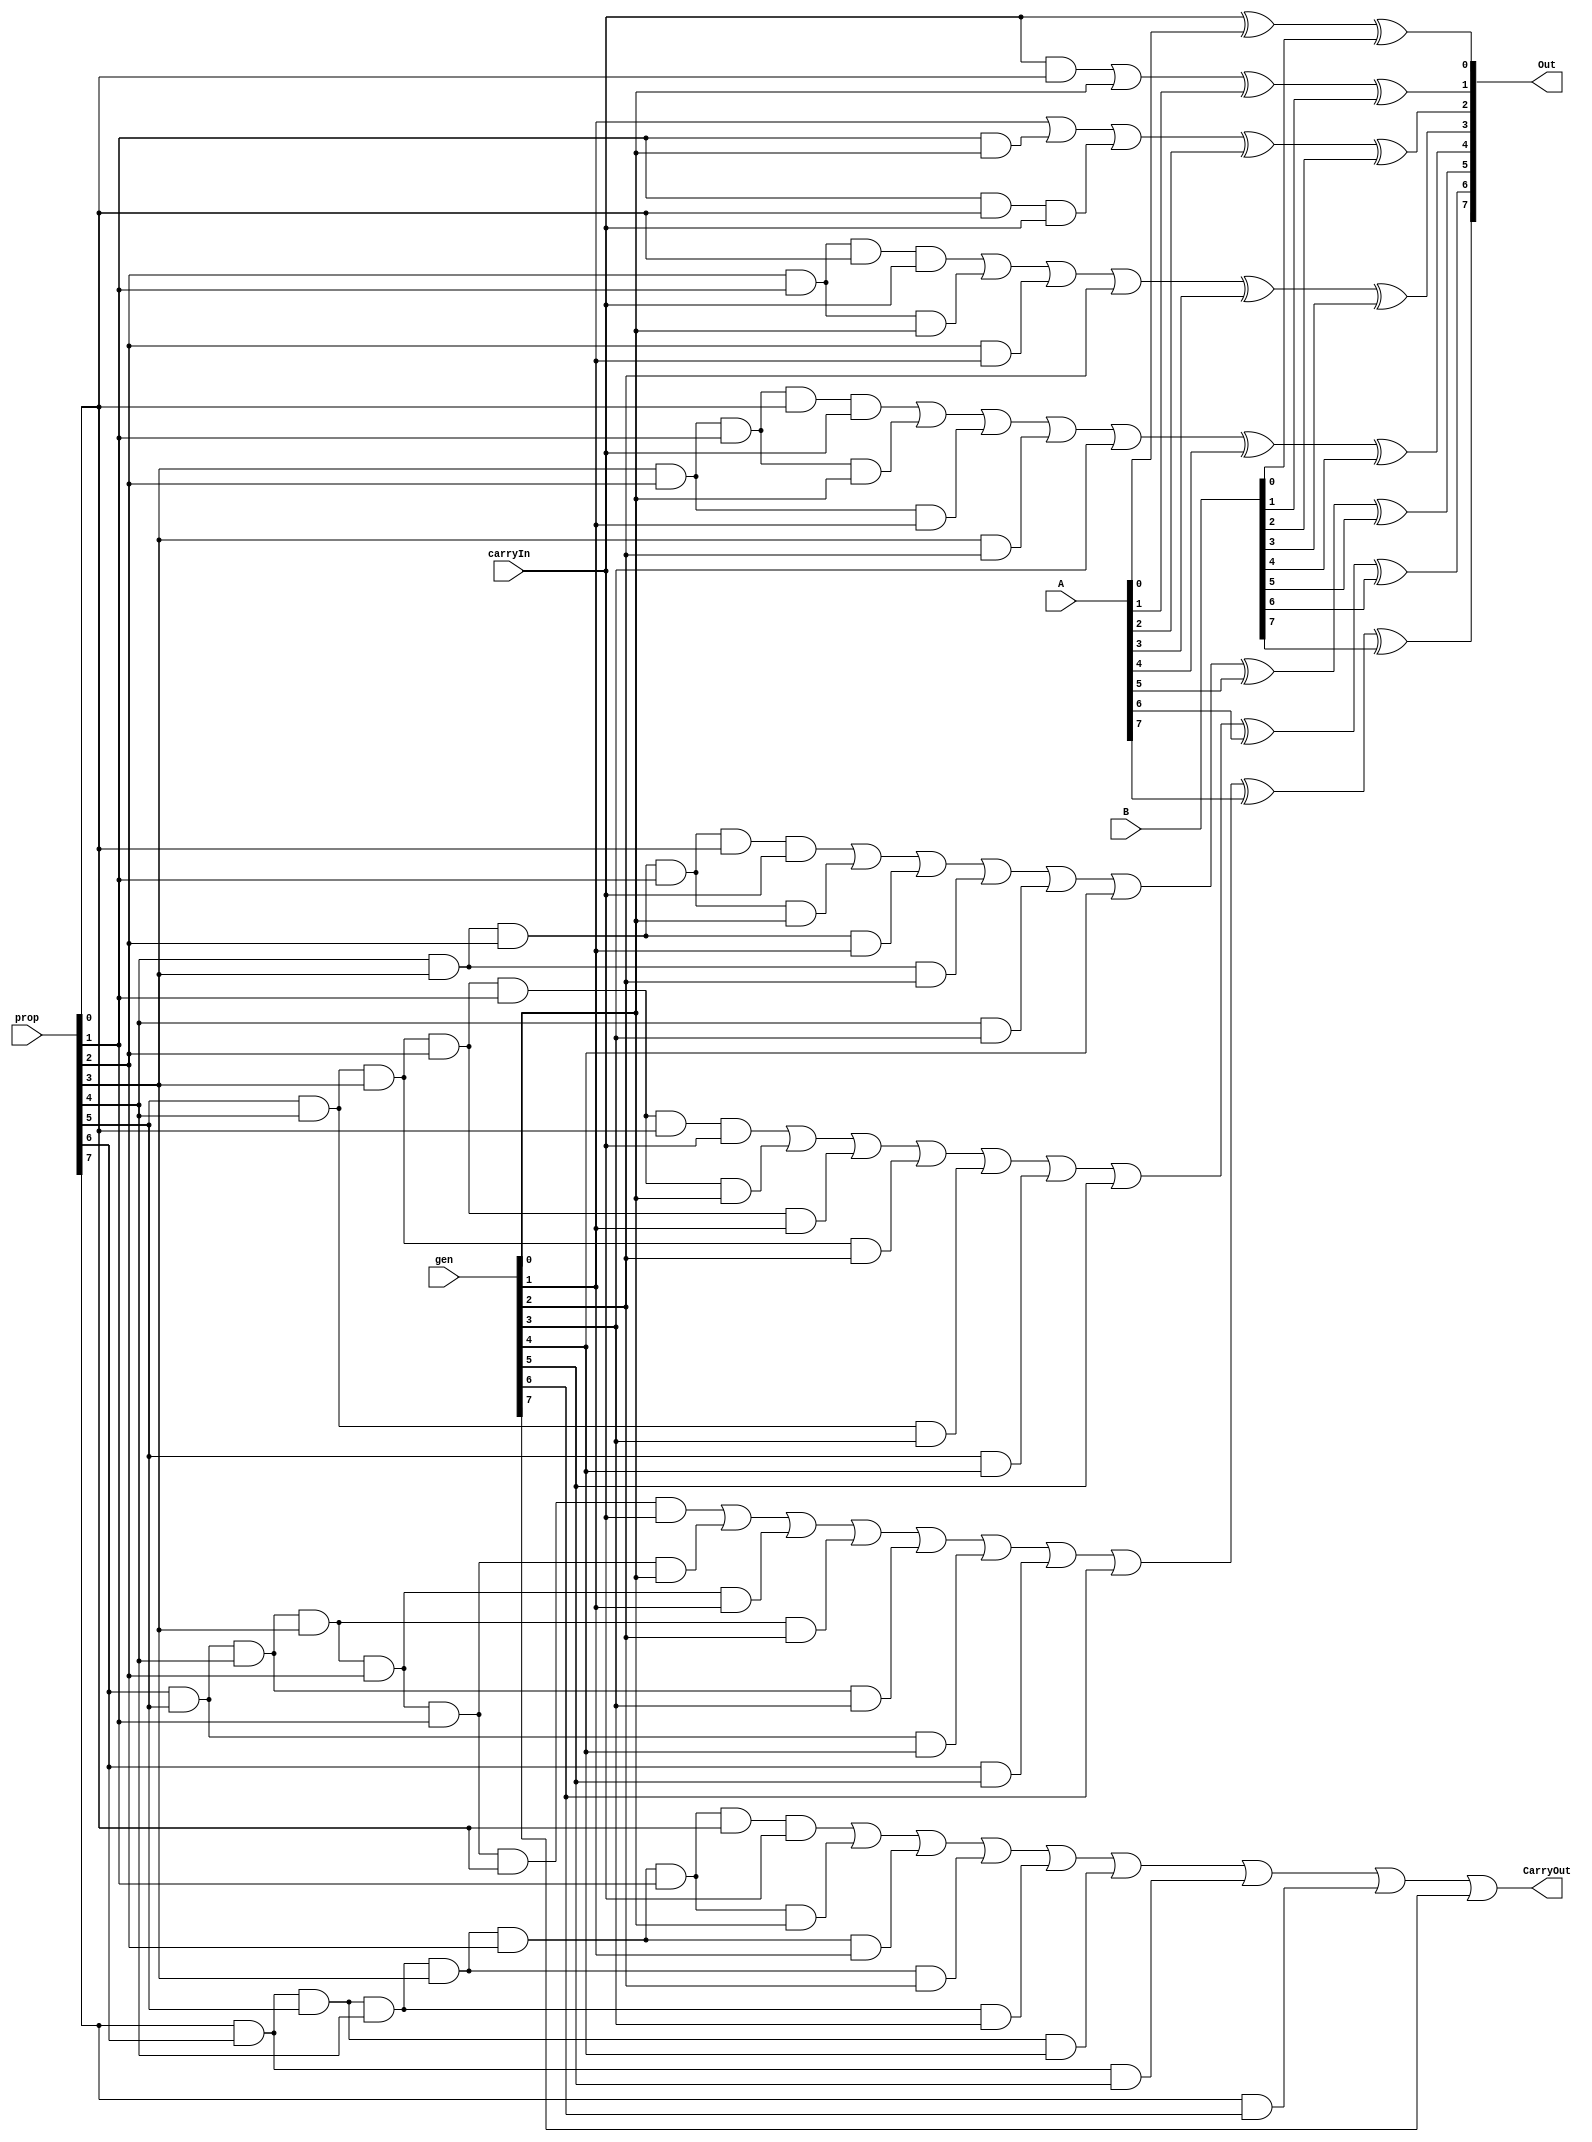
module adder_Block(carryIn, prop, gen, A, B, Out, CarryOut);

input carryIn;
input [7:0] prop,gen,A,B;
output CarryOut;
output [7:0] Out;
wire ca1,ca2,ca3,ca4,ca5,ca6,ca7;
wire w1,w2,w3,w4,w5,w6,w7,w8,w9,w10,w11,w12,w13,w14,w15,w16,w17,w18,w19,w20,w21,w22,w23,w24,w25,w26,w27,w28,w29,w30,w31,w32,w33,w34,w35,w36;

 
xor s0(Out[0],carryIn,A[0],B[0]);

and pg1(w1,carryIn,prop[0]);
or c1(ca1,w1,gen[0]);
xor s1(Out[1],ca1,A[1],B[1]);

and pg2(w3,prop[1],prop[0],carryIn);
and pg22(w2,prop[1],gen[0]);
or c2(ca2,gen[1],w2,w3);
xor s2(Out[2],ca2,A[2],B[2]);

and pg3(w4,prop[2],prop[1],prop[0],carryIn);
and pg33(w5,prop[2],prop[1],gen[0]);
and pg333(w6,prop[2],gen[1]);
or c3(ca3,w4,w5,w6,gen[2]);
xor s3(Out[3],ca3,A[3],B[3]);

and pg4(w7,prop[3],prop[2],prop[1],prop[0],carryIn);
and pg44(w8,prop[3],prop[2],prop[1],gen[0]);
and pg444(w9,prop[3],prop[2],gen[1]);
and pg4444(w10,prop[3],gen[2]);
or c4(ca4,w7,w8,w9,w10,gen[3]);
xor s4(Out[4],ca4,A[4],B[4]);


and pg5(w11,prop[4],prop[3],prop[2],prop[1],prop[0],carryIn);
and pg55(w12,prop[4],prop[3],prop[2],prop[1],gen[0]);
and pg555(w13,prop[4],prop[3],prop[2],gen[1]);
and pg5555(w14,prop[4],prop[3],gen[2]);
and pg55555(w15,prop[4],gen[3]);
or c5(ca5,w11,w12,w13,w14,w15,gen[4]);
xor s5(Out[5],ca5,A[5],B[5]);

and pg6(w16,prop[5],prop[4],prop[3],prop[2],prop[1],prop[0],carryIn);
and pg66(w17,prop[5],prop[4],prop[3],prop[2],prop[1],gen[0]);
and pg666(w18,prop[5],prop[4],prop[3],prop[2],gen[1]);
and pg6666(w19,prop[5],prop[4],prop[3],gen[2]);
and pg66666(w20,prop[5],prop[4],gen[3]);
and pg666666(w21,prop[5],gen[4]);
or c6(ca6,w16,w17,w18,w19,w20,w21,gen[5]);
xor s6(Out[6],ca6,A[6],B[6]);

and pg7(w22,prop[6],prop[5],prop[4],prop[3],prop[2],prop[1],prop[0],carryIn);
and pg77(w23,prop[6],prop[5],prop[4],prop[3],prop[2],prop[1],gen[0]);
and pg777(w24,prop[6], prop[5],prop[4],prop[3],prop[2],gen[1]);
and pg7777(w25,prop[6], prop[5],prop[4],prop[3],gen[2]);
and pg77777(w26,prop[6], prop[5],prop[4],gen[3]);
and pg777777(w27,prop[6], prop[5],gen[4]);
and pg7777777(w28,prop[6],gen[5]);
or c7(ca7,w22,w23,w24,w25,w26,w27,w28,gen[6]);
xor s7(Out[7],ca7,A[7],B[7]);

and pg8(w29,prop[7], prop[6],prop[5],prop[4],prop[3],prop[2],prop[1],prop[0],carryIn);
and pg88(w30,prop[7], prop[6],prop[5],prop[4],prop[3],prop[2],prop[1],gen[0]);
and pg888(w31,prop[7], prop[6], prop[5],prop[4],prop[3],prop[2],gen[1]);
and pg8888(w32,prop[7], prop[6], prop[5],prop[4],prop[3],gen[2]);
and pg88888(w33,prop[7], prop[6], prop[5],prop[4],gen[3]);
and pg888888(w34,prop[7], prop[6], prop[5],gen[4]);
and pg8888888(w35,prop[7], prop[6],gen[5]);
and pg88888888(w36,prop[7],gen[6]);
or c8(CarryOut,w29,w30,w31,w32,w33,w34,w35,w36,gen[7]);




endmodule